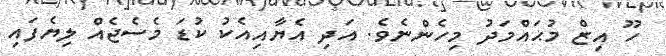
ހޫ އިޒް މުޙައްމަދު މިހެންނެވެ. އަދި އެޔާއިއެކު ކުޑަ މެސެޖެއް ލިޔެފައި